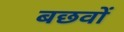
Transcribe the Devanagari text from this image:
बछवों